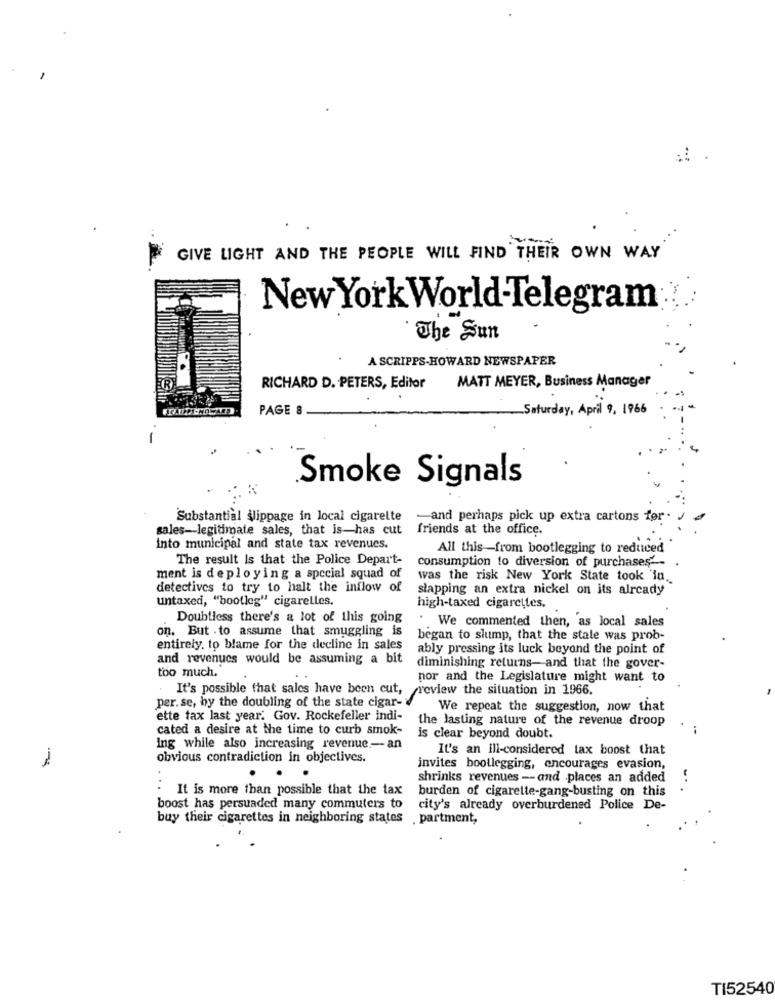
GIVE LIGHT AND THE PEOPLE WILL FIND THEIR OWN WAY
New York World-Telegram
The Sun
A SCRIPPS-HOWARD NEWSPAPER
RICHARD D. PETERS, Editor
MATT MEYER, Business Manager
PAGE 8
Saturday, April 9, 1966
-
Smoke Signals
Substantial slippage in local cigarette
-and perhaps pick up extra cartons for .
sales-legitimate sales, that is-has cut
friends at the office.
into municipal and state tax revenues.
All this -- from bootlegging to reduced
The result Is that the Police Depart-
consumption to diversion of purchases --
ment is deploying a special squad of
was the risk New York State took 'in.
detectives to try to halt the inflow of
slapping an extra nickel on its already
untaxed, "bootleg" cigarelles.
high-taxed cigarettes.
Doubtless there's a lot of this going
on. But . to assume that smuggling is
. We commented then, as local sales
began to slump, that the state was prob-
entirely, to blame for the decline in sales
ably pressing its luck beyond the point of
and revenues would be assuming a bit
diminishing returns- and that the gover-
too much.
nor and the Legislature might want to
. It's possible that sales have been cut,
review the situation in 1966.
per. se, by the doubling of the state cigar-
We repeat the suggestion, now that
ette tax last year. Gov. Rockefeller indi-
the lasting nature of the revenue droop
cated a desire at the time to curb smok-
is clear beyond doubt.
Ing while also increasing revenue .- an
It's an ill-considered tax boost that
obvious contradiction in objectives.
invites bootlegging, encourages evasion,
shrinks revenues -- and places an added
It is more than possible that the tax
burden of cigarette-gang-busting on this
boost has persuaded many commuters to
city's already overburdened Police De-
buy their cigarettes in neighboring states .partment,
TI52540